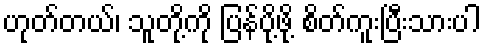
ဟုတ်တယ်၊ သူတို့ကို ပြန်ပို့ဖို့ စိတ်ကူးပြီးသားပါ